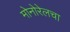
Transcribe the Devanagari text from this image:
मोनोरेलचा